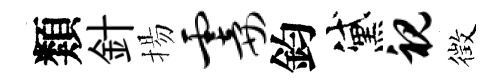
類針揚霎鈞黛视徴